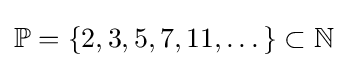
\mathbb {P} =\{2,3,5,7,11,\dots \}\subset \mathbb {N}